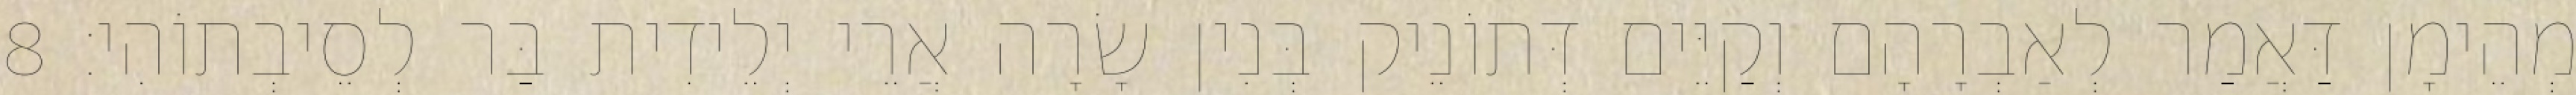
מְהֵימָן דַּאֲמַר לְאַבְרָהָם וְקַיֵּים דְּתוֹנֵיק בְּנִין שָׂרָה אֲרֵי יְלֵידִית בַּר לְסֵיבְתוֹהִי׃ 8